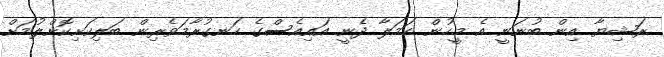
ރަޝިޔާ އިން ބުނަނީ އެ މީހުން ހަމަލާ ދެނީ އައިއެސްގެ ހަނގުރާމަވެރިން ބަލިކަށިކޮށްލުމަށް